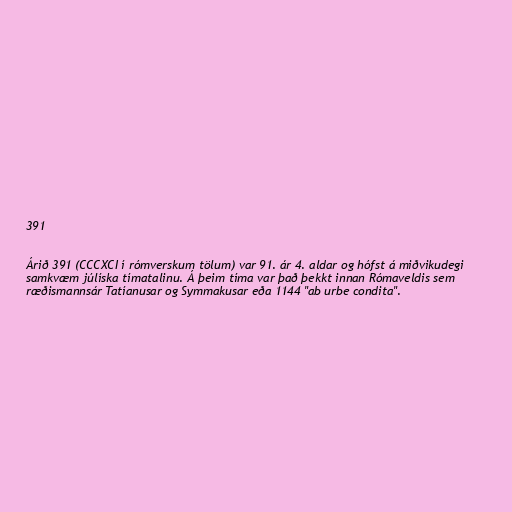
391

Árið 391 (CCCXCI í rómverskum tölum) var 91. ár 4. aldar og hófst á miðvikudegi
samkvæm júlíska tímatalinu. Á þeim tíma var það þekkt innan Rómaveldis sem
ræðismannsár Tatíanusar og Symmakusar eða 1144 "ab urbe condita".